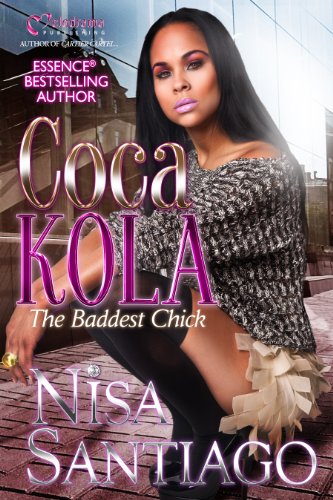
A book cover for Coca Kola (The Baddest Chick) Part 2; Nisa Santiago; Literature & Fiction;